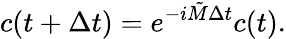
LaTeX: c(t+\Delta t)=e^{-i\tilde{M}\Delta t}c(t).